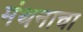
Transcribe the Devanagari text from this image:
मंथनाचा